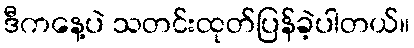
ဒီကနေ့ပဲ သတင်းထုတ်ပြန်ခဲ့ပါတယ်။